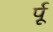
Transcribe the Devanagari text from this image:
र्पू